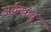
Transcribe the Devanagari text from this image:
अर्यन्कवु